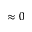
\approx 0